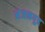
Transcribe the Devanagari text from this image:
नंजनगूड